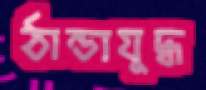
ঠান্ডাযুদ্ধ